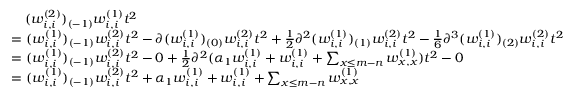
\begin{array} { r l } & { \quad ( w _ { i , i } ^ { ( 2 ) } ) _ { ( - 1 ) } w _ { i , i } ^ { ( 1 ) } t ^ { 2 } } \\ & { = ( w _ { i , i } ^ { ( 1 ) } ) _ { ( - 1 ) } w _ { i , i } ^ { ( 2 ) } t ^ { 2 } - \partial ( w _ { i , i } ^ { ( 1 ) } ) _ { ( 0 ) } w _ { i , i } ^ { ( 2 ) } t ^ { 2 } + \frac { 1 } { 2 } \partial ^ { 2 } ( w _ { i , i } ^ { ( 1 ) } ) _ { ( 1 ) } w _ { i , i } ^ { ( 2 ) } t ^ { 2 } - \frac { 1 } { 6 } \partial ^ { 3 } ( w _ { i , i } ^ { ( 1 ) } ) _ { ( 2 ) } w _ { i , i } ^ { ( 2 ) } t ^ { 2 } } \\ & { = ( w _ { i , i } ^ { ( 1 ) } ) _ { ( - 1 ) } w _ { i , i } ^ { ( 2 ) } t ^ { 2 } - 0 + \frac { 1 } { 2 } \partial ^ { 2 } ( \alpha _ { 1 } w _ { i , i } ^ { ( 1 ) } + w _ { i , i } ^ { ( 1 ) } + \sum _ { x \leq m - n } w _ { x , x } ^ { ( 1 ) } ) t ^ { 2 } - 0 } \\ & { = ( w _ { i , i } ^ { ( 1 ) } ) _ { ( - 1 ) } w _ { i , i } ^ { ( 2 ) } t ^ { 2 } + \alpha _ { 1 } w _ { i , i } ^ { ( 1 ) } + w _ { i , i } ^ { ( 1 ) } + \sum _ { x \leq m - n } w _ { x , x } ^ { ( 1 ) } } \end{array}